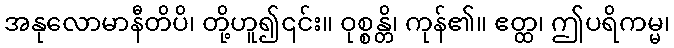
အနုလောမာနီတိပိ၊ တို့ဟူ၍၎င်း။ ဝုစ္စန္တိ၊ ကုန်၏။ ဧတ္ထ၊ ဤပရိကမ္မ၊